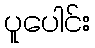
ပူပေါင်း